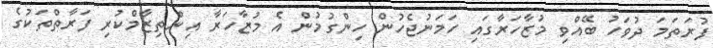
ފުރަތަމަ ދުވަހު ބޭއްވި މުޒާހަރާގައި ހަމަނުޖެހުން ހިންގުމުން އެ މުޒާހަރާ އިންތިޒާމްކުރި ފަރާތްތަކުގެ